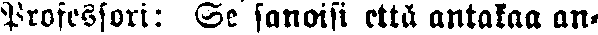
Professori: Se sanoisi että antakaa an-